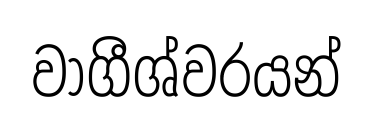
වාගීශ්වරයන්